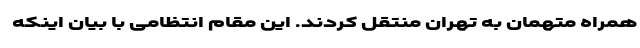
همراه متهمان به تهران منتقل کردند. این مقام انتظامی با بیان اینکه